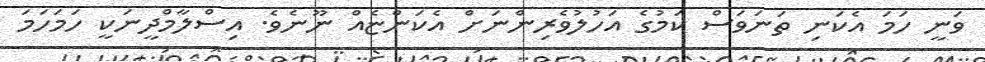
ވަނީ ހަމަ އެކަނި ތަނަވަސް ކަމުގެ އަހުލުވެރިންނަށް އެކަންޏެއް ނޫނެވެ. އިސްލާމްދީނަކީ ހަމަހަމަ